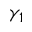
\gamma _ { 1 }